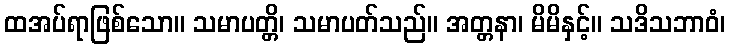
ထအပ်ရာဖြစ်သော။ သမာပတ္တိ၊ သမာပတ်သည်။ အတ္တနာ၊ မိမိနှင့်။ သဒိသဘာဝံ၊